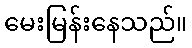
မေးမြန်းနေသည်။